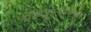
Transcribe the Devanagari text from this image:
राजापर्यंतच्या